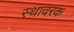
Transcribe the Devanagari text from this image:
स्थावरक